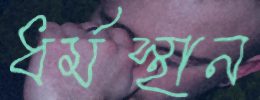
ধর্মস্থান